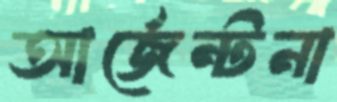
আর্জেন্টনা